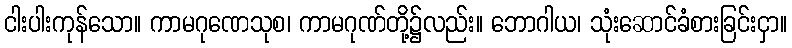
ငါးပါးကုန်သော။ ကာမဂုဏေသုစ၊ ကာမဂုဏ်တို့၌လည်း။ ဘောဂါယ၊ သုံးဆောင်ခံစားခြင်းငှာ။